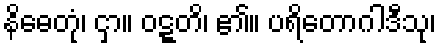
နိဓေတုံ၊ ငှာ။ ဝဋ္ဋတိ၊ ၏။ ပရိတောဂါဒီသု၊